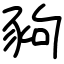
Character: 豞